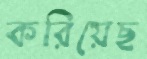
করিয়েছ